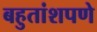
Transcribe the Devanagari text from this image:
बहुतांशपणे